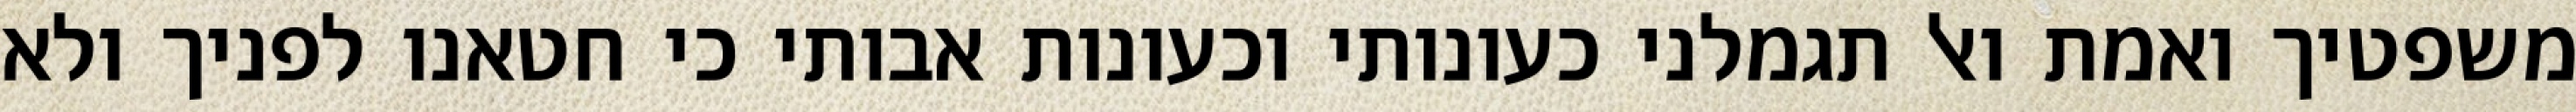
משפטיך ואמת ואל תגמלני כעונותי וכעונות אבותי כי חטאנו לפניך ולא